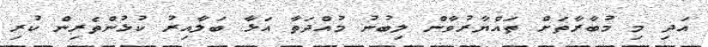
އަދި މި މުބާރާތަށް ތައްޔާރުވާން ލިބުނު މުއްދަތާ އަޅާ ބަލާއިރު ކުޅުންތެރިން ކުރި